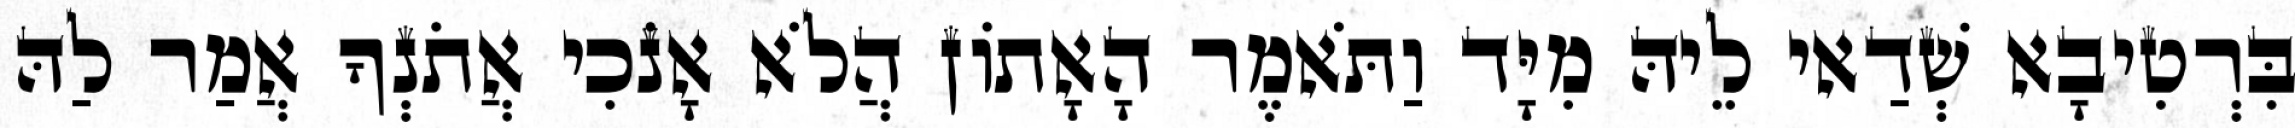
בִּרְטִיבָא שְׁדַאי לֵיהּ מִיָּד וַתֹּאמֶר הָאָתוֹן הֲלֹא אָנֹכִי אֲתֹנְךָ אֲמַר לַהּ